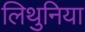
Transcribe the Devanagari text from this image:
लिथुनिया